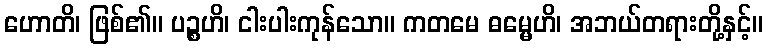
ဟောတိ၊ ဖြစ်၏။ ပဉ္စဟိ၊ ငါးပါးကုန်သော။ ကတမေ ဓမ္မေဟိ၊ အဘယ်တရားတို့နှင့်။